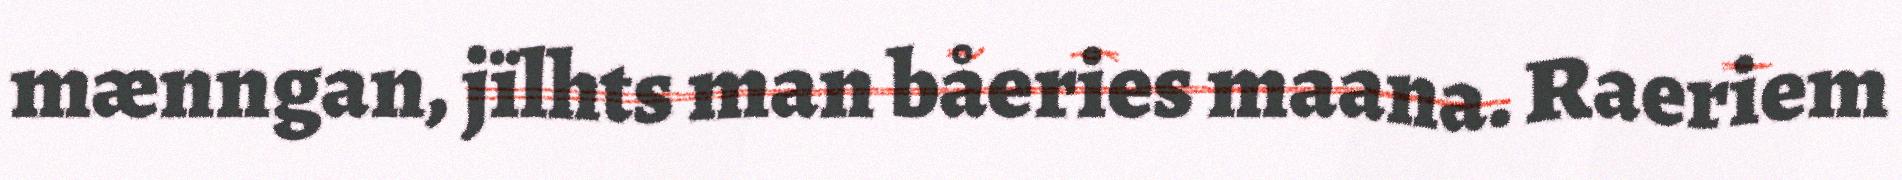
mænngan, jïlhts man båeries maana. Raeriem